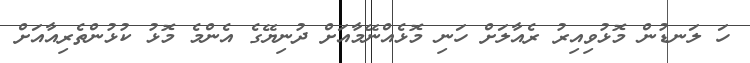
ހަ ލަނޑުން މޮޅުވިއިރު ރެއާލަށް ހަނި މޮޅެއްނޭމާއަށް ދުނިޔޭގެ އެންމެ މޮޅު ކުޅުންތެރިއާއަށް